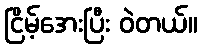
ငြိမ့်အေးပြီး ဝဲတယ်။